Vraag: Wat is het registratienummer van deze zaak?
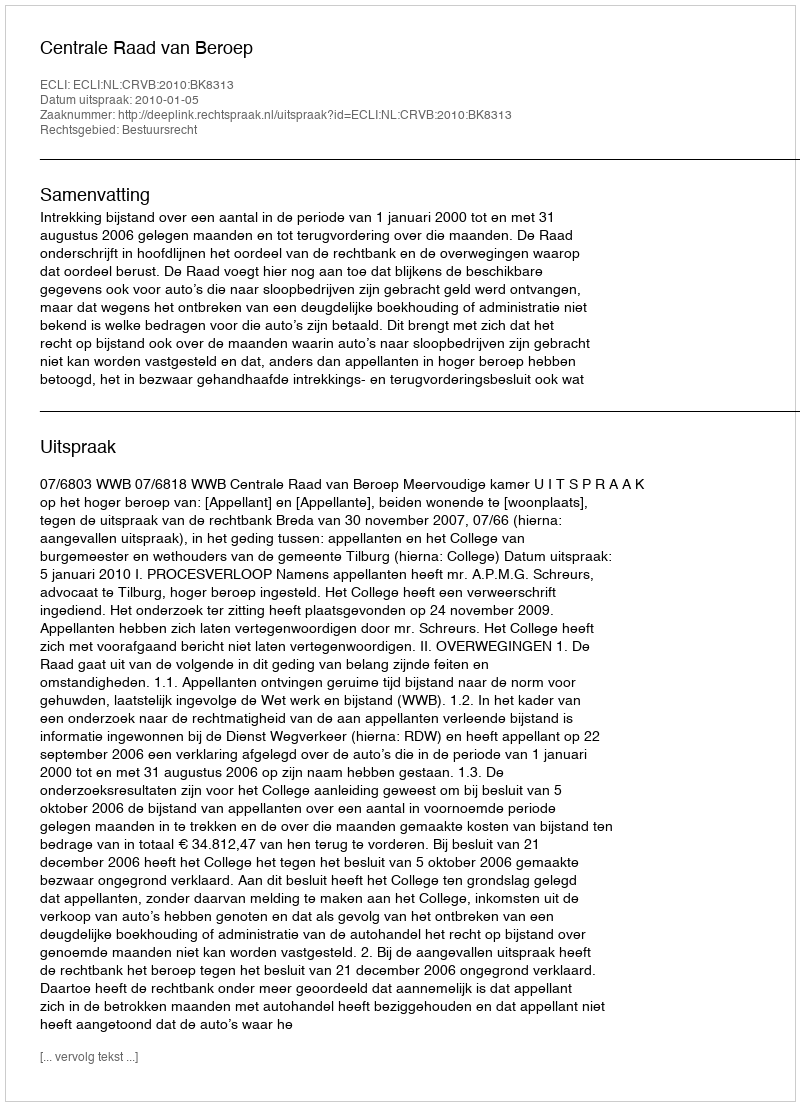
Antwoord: http://deeplink.rechtspraak.nl/uitspraak?id=ECLI:NL:CRVB:2010:BK8313